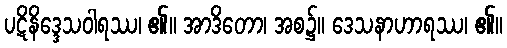
ပဋိနိဒ္ဒေသဝါရဿ၊ ၏။ အာဒိတော၊ အစ၌။ ဒေသနာဟာရဿ၊ ၏။